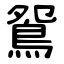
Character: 鴛